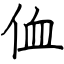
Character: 侐